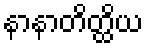
နာနာတိတ္ထိယ